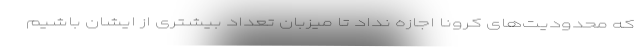
که محدودیت‌های کرونا اجازه نداد تا میزبان تعداد بیشتری از ایشان باشیم